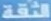
الثقة